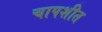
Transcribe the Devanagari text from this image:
चापशीत